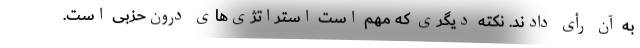
به آن رأی دادند. نکته دیگری که مهم است استراتژی‌های درون‌حزبی است.